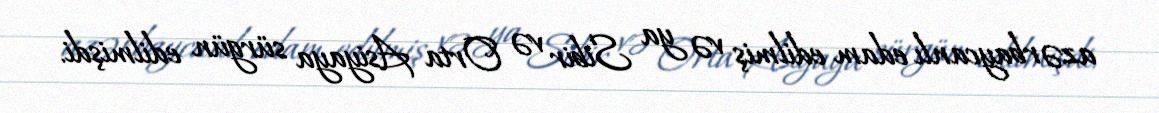
azərbaycanlı edam edilmiş və ya Sibir və Orta Asiyaya sürgün edilmişdi.